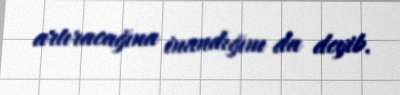
artıracağına inandığını da deyib.